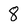
Character: 8